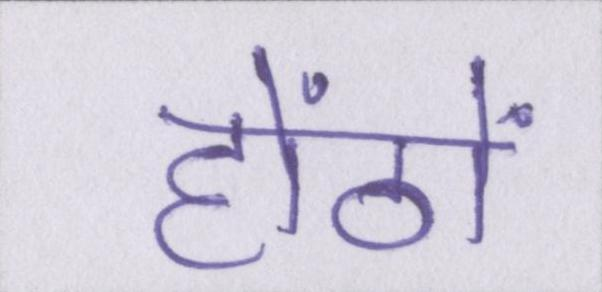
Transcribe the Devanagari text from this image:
होंठों